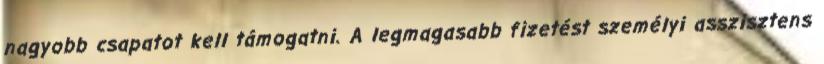
nagyobb csapatot kell támogatni. A legmagasabb fizetést személyi asszisztens